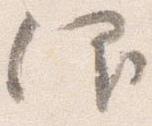
仰